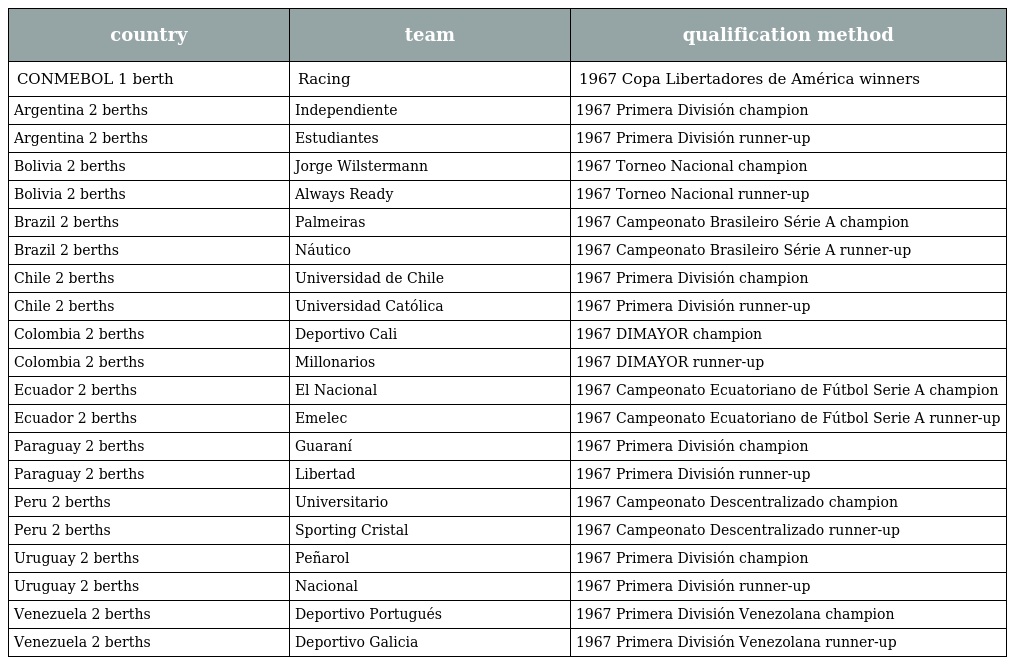
| country | team | qualification method |
 | --- | --- | --- |
 | CONMEBOL 1 berth | Racing | 1967 Copa Libertadores de América winners |
 | Argentina 2 berths | Independiente | 1967 Primera División champion |
 | Argentina 2 berths | Estudiantes | 1967 Primera División runner-up |
 | Bolivia 2 berths | Jorge Wilstermann | 1967 Torneo Nacional champion |
 | Bolivia 2 berths | Always Ready | 1967 Torneo Nacional runner-up |
 | Brazil 2 berths | Palmeiras | 1967 Campeonato Brasileiro Série A champion |
 | Brazil 2 berths | Náutico | 1967 Campeonato Brasileiro Série A runner-up |
 | Chile 2 berths | Universidad de Chile | 1967 Primera División champion |
 | Chile 2 berths | Universidad Católica | 1967 Primera División runner-up |
 | Colombia 2 berths | Deportivo Cali | 1967 DIMAYOR champion |
 | Colombia 2 berths | Millonarios | 1967 DIMAYOR runner-up |
 | Ecuador 2 berths | El Nacional | 1967 Campeonato Ecuatoriano de Fútbol Serie A champion |
 | Ecuador 2 berths | Emelec | 1967 Campeonato Ecuatoriano de Fútbol Serie A runner-up |
 | Paraguay 2 berths | Guaraní | 1967 Primera División champion |
 | Paraguay 2 berths | Libertad | 1967 Primera División runner-up |
 | Peru 2 berths | Universitario | 1967 Campeonato Descentralizado champion |
 | Peru 2 berths | Sporting Cristal | 1967 Campeonato Descentralizado runner-up |
 | Uruguay 2 berths | Peñarol | 1967 Primera División champion |
 | Uruguay 2 berths | Nacional | 1967 Primera División runner-up |
 | Venezuela 2 berths | Deportivo Portugués | 1967 Primera División Venezolana champion |
 | Venezuela 2 berths | Deportivo Galicia | 1967 Primera División Venezolana runner-up |